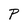
Character: P